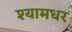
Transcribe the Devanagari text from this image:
श्यामधर